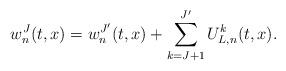
\begin{align*}w_n^J(t,x) = w^{J'}_n(t,x) + \sum_{k = J+1}^{J'} U^k_{L,n}(t,x).\end{align*}